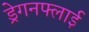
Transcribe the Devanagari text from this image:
ड्रेगनफ्लाई